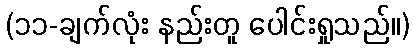
(၁၁-ချက်လုံး နည်းတူ ပေါင်းရှုသည်။)